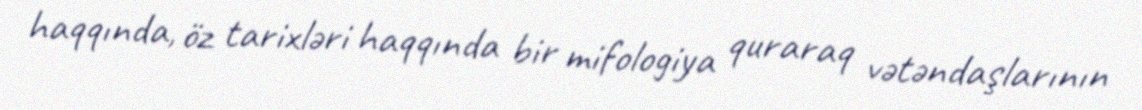
haqqında, öz tarixləri haqqında bir mifologiya quraraq vətəndaşlarının